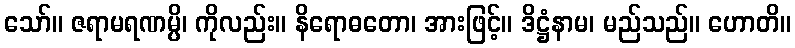
သော်။ ဇရာမရဏမ္ပိ၊ ကိုလည်း။ နိရောဓတော၊ အားဖြင့်။ ဒိဋ္ဌံနာမ၊ မည်သည်။ ဟောတိ။